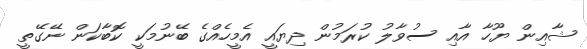
ޝާއިން ޔޫހާ އާއި ސުވާލު ކުރަމުން ދިޔައީ އެމީހެއްގެ ބޭނުމަކީ ކޮބާކަން ނޭގޭތީ